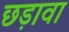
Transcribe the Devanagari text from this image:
छड़ावा